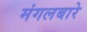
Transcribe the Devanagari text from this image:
मंगलबारे